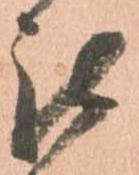
被